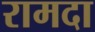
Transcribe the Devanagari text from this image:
रामदा